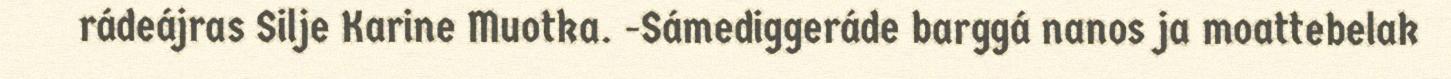
rádeájras Silje Karine Muotka. -Sámediggeráde barggá nanos ja moattebelak